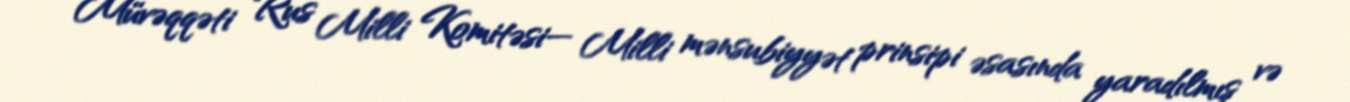
Müvəqqəti Rus Milli Komitəsi— Milli mənsubiyyət prinsipi əsasında yaradılmış və